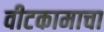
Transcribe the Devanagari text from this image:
वीटकामाचा